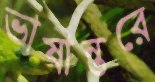
ভাষান্তরে